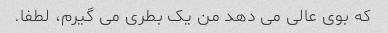
که بوی عالی می دهد من یک بطری می گیرم، لطفا.